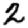
Digit: 2